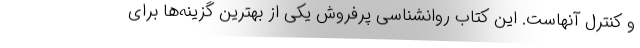
و کنترل آنهاست. این کتاب روانشناسی پرفروش یکی از بهترین گزینه‌ها برای